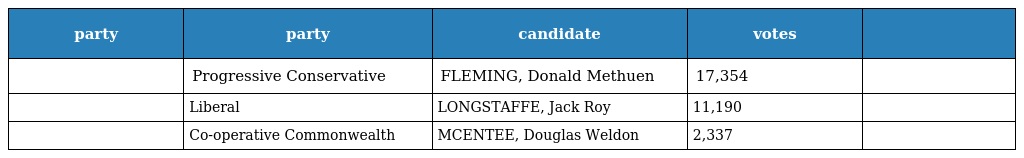
| party | party | candidate | votes |  |
 | --- | --- | --- | --- | --- |
 |  | Progressive Conservative | FLEMING, Donald Methuen | 17,354 |  |
 |  | Liberal | LONGSTAFFE, Jack Roy | 11,190 |  |
 |  | Co-operative Commonwealth | MCENTEE, Douglas Weldon | 2,337 |  |